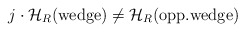
\begin{align*}j \cdot{\cal H}_R(\mbox{wedge}) \not= {\cal H}_R(\mbox{opp.wedge})\end{align*}